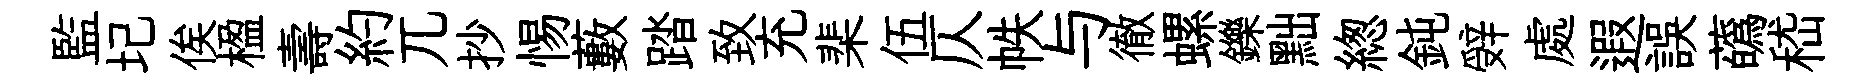
監圮俟楹壽約兀抄惕藪踏致充棐伍仄帙与徹螺鑠黜緫鈍辤處遐誤蘤嵇